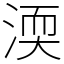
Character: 渜